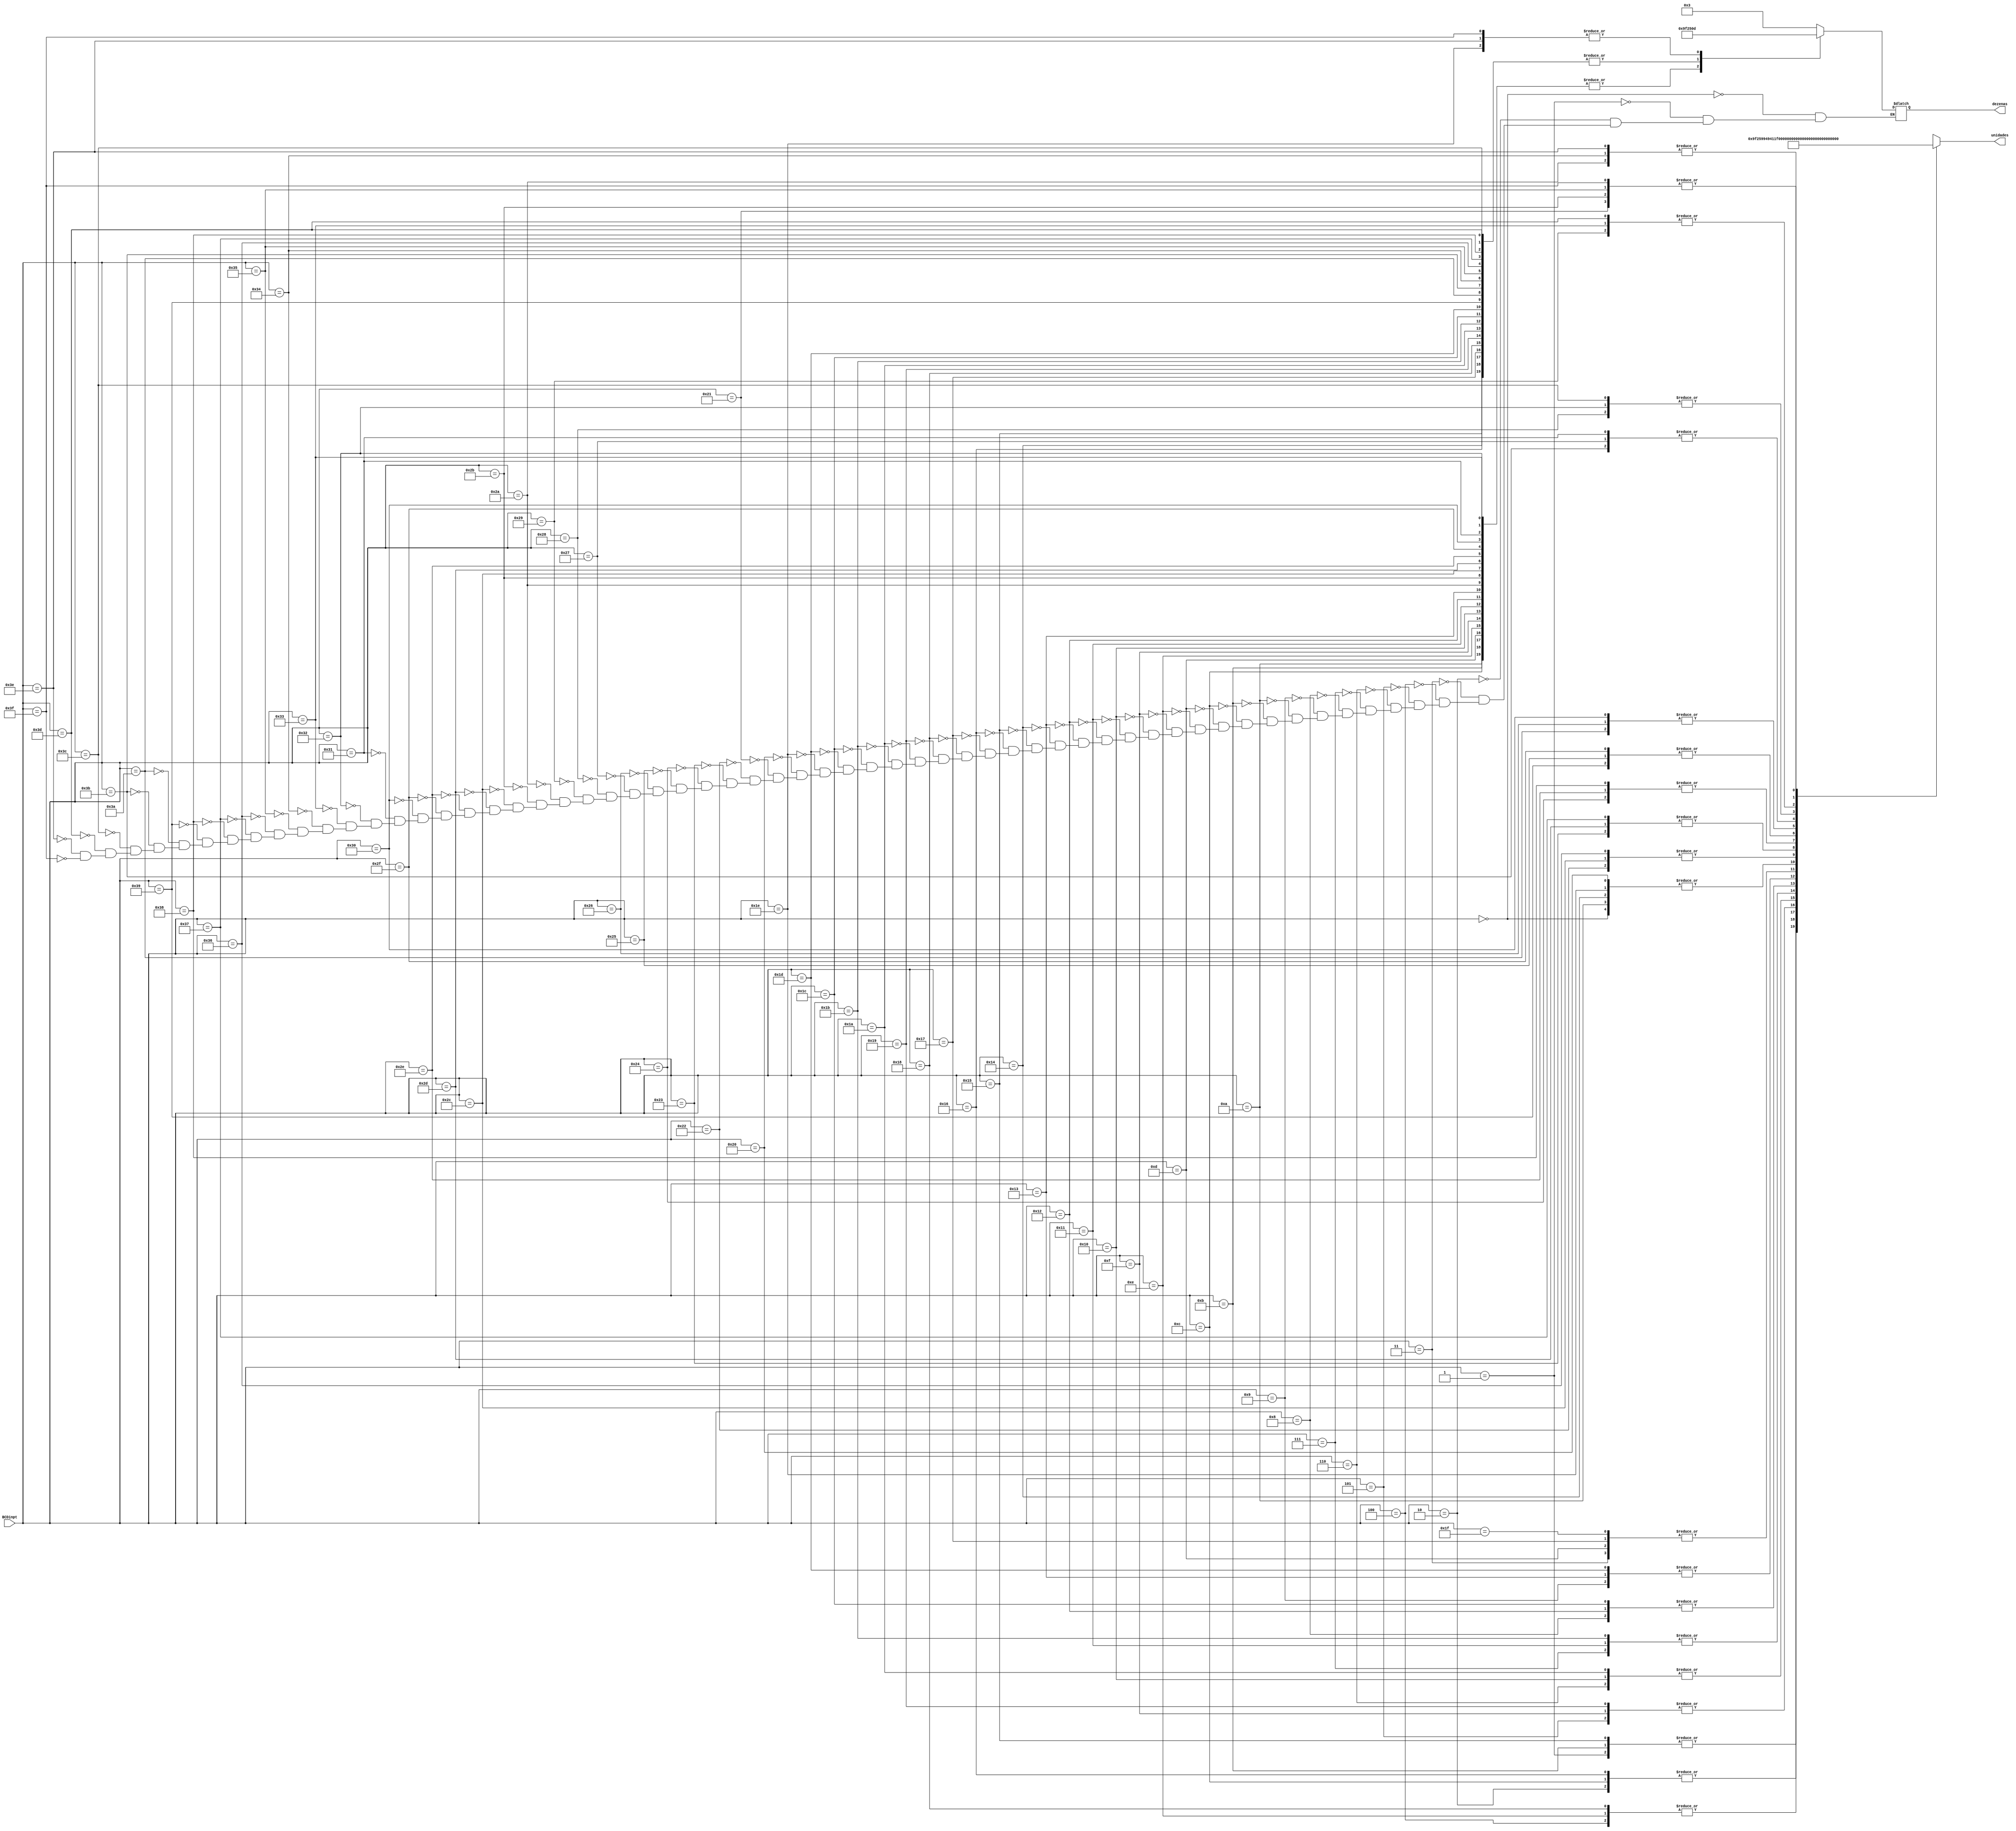
module BCD(input [5:0] BCDinpt,output reg[7:0] unidades,output reg[7:0] dezenas);
  
always @(BCDinpt)
  begin
    case(BCDinpt)
			6'b000000: //0
		 begin
		 unidades <= ~8'b11111100;  // "a b c d e f g h"
		 dezenas  <= ~8'b11111100;
		 end
		 
			6'b000001: //1
		 begin
		 unidades <= ~8'b01100000;
		 dezenas  <= ~8'b11111100;
		 end
		 
			6'b000010: //2
		 begin
		 unidades <= ~8'b11011010; 
       dezenas  <= ~8'b11111100;
		 end
		 
			6'b000011: //3
		 begin
		 unidades <= ~8'b11110010;
         dezenas  <= ~8'b11111100;
		 end
		 
			6'b000100: //4
		 begin
		 unidades <= ~8'b01100110;
         dezenas  <= ~8'b11111100;
		 end
		 
			6'b000101: //5
		 begin
		 unidades <= ~8'b10110110;
         dezenas  <= ~8'b11111100;
		 end
		 
			6'b000110: //6
		 begin
		 unidades <= ~8'b10111110;
         dezenas  <= ~8'b11111100;
		 end
		 
			6'b000111: //7
		 begin
		 unidades <= ~8'b11100000;
         dezenas  <= ~8'b11111100;
		 end
		 
			6'b001000: //8
		 begin
		 unidades <= ~8'b11111110;
         dezenas  <= ~8'b11111100;
		 end
		 
			6'b001001: //9
		 begin
		 unidades <= ~8'b11100110;
		 dezenas  <= ~8'b11111100;			
		 end
		 
			6'b001010://10
		 begin
		 unidades <= ~8'b11111100;
		 dezenas <= ~8'b01100000;
		 end
		 
			6'b001011://11
		 begin
		 unidades <= ~8'b01100000;
		 dezenas <= ~8'b01100000;
		 end
		 
			6'b001100://12
		 begin
		 unidades <= ~8'b11011010;
		 dezenas <= ~8'b01100000;
		 end
		 
			6'b001101://13
		 begin
		 unidades <= ~8'b11110010;
		 dezenas <= ~8'b01100000;
		 end
		 
			6'b001110://14
		 begin
		 unidades <= ~8'b01100110;
		 dezenas <= ~8'b01100000;
		 end
		 
			6'b001111://15
		 begin
		 unidades <= ~8'b10110110;
		 dezenas <= ~8'b01100000;
		 end
		  
			6'b010000://16
		 begin
		 unidades <= ~8'b10111110;
		 dezenas <= ~8'b01100000;
		 end
		 
			6'b010001://17
		 begin
		 unidades <= ~8'b11100000;
		 dezenas <= ~8'b01100000;
		 end
		 
			6'b010010://18
		 begin
		 unidades <= ~8'b11111110;
		 dezenas <= ~8'b01100000;
		 end
		 
			6'b010011://19
		 begin
		 unidades <= ~8'b11100110;
		 dezenas <= ~8'b01100000;
		 end
		 
			6'b010100://20
		 begin
		 unidades <= ~8'b11111100;
		 dezenas <= ~8'b11011010;
		 end
		 
		  6'b010101://21
		 begin
		 unidades <= ~8'b01100000;
		 dezenas <= ~8'b11011010;
		 end
		 
			6'b010110://22
		 begin
		 unidades <= ~8'b11011010;
		 dezenas <= ~8'b11011010;
		 end
		 
			6'b010111://23
		 begin
		 unidades <= ~8'b11110010;
		 dezenas <= ~8'b11011010;
		 end
		 
			6'b011000://24
		 begin
		 unidades <= ~8'b01100110;
		 dezenas <= ~8'b11011010;
		 end
		 
			6'b011001://25
		 begin
		 unidades <= ~8'b10110110;
		 dezenas <= ~8'b11011010;
		 end
		 
			6'b011010://26
		 begin
		 unidades <= ~8'b10111110;
		 dezenas <= ~8'b11011010;
		 end
		 
			6'b011011://27
		 begin
		 unidades <= ~8'b11100000;
		 dezenas <= ~8'b11011010;
		 end
		 
			6'b011100://28
		 begin
		 unidades <= ~8'b11111110;
		 dezenas <= ~8'b11011010;
		 end
		 
			6'b011101://29
		 begin
		 unidades <= ~8'b11100110;
		 dezenas <= ~8'b11011010;
		 end
		 
			6'b011110://30
		 begin
		 unidades <= ~8'b11111100;
		 dezenas <= ~8'b11110010;
		 end
		 
			6'b011111://31
		 begin
		 unidades <= ~8'b01100000;
		 unidades <= ~8'b11110010;
		 end
		  
		  //|||negativos|||
		  //|||negativos|||
		  //|||negativos|||
		  //|||negativos|||
		 
			6'b100000: //0
		 begin
		 unidades <= ~8'b11111100;  // "a b c d e f g h"
		 dezenas  <= ~8'b11111100;
		 end
		 
			6'b100001: //1
		 begin
		 unidades <= ~8'b01100001;
		 dezenas  <= ~8'b11111100;
		 end
		 
			6'b100010: //2
		 begin
		 unidades <= ~8'b11011011; 
         dezenas  <= ~8'b11111100;
		 end
		 
			6'b100011: //3
		 begin
		 unidades <= ~8'b11110011;
         dezenas  <= ~8'b11111100;
		 end
		 
			6'b100100: //4
		 begin
		 unidades <= ~8'b01100111;
         dezenas  <= ~8'b11111100;
		 end
		 
			6'b100101: //5
		 begin
		 unidades <= ~8'b10110111;
         dezenas  <= ~8'b11111100;
		 end
		 
			6'b100110: //6
		 begin
		 unidades <= ~8'b10111111;
         dezenas  <= ~8'b11111100;
		 end
		 
			6'b100111: //7
		 begin
		 unidades <= ~8'b11100001;
         dezenas  <= ~8'b11111100;
		 end
		 
			6'b101000: //8
		 begin
		 unidades <= ~8'b11111111;
         dezenas  <= ~8'b11111100;
		 end
		 
			6'b101001: //9
		 begin
		 unidades <= ~8'b11100111;
		 dezenas  <= ~8'b11111100;			
		 end
		 
			6'b101010://10
		 begin
		 unidades <= ~8'b11111101;
		 dezenas <= ~8'b01100000;
		 end
		 
			6'b101011://11
		 begin
		 unidades <= ~8'b01100001;
		 dezenas <= ~8'b01100000;
		 end
		 
			6'b101100://12
		 begin
		 unidades <= ~8'b11011011;
		 dezenas <= ~8'b01100000;
		 end
		 
			6'b101101://13
		 begin
		 unidades <= ~8'b11110011;
		 dezenas <= ~8'b01100000;
		 end
		 
			6'b101110://14
		 begin
		 unidades <= ~8'b01100111;
		 dezenas <= ~8'b01100000;
		 end
		 
			6'b101111://15
		 begin
		 unidades <= ~8'b10110111;
		 dezenas <= ~8'b01100000;
		 end
		  
			6'b110000://16
		 begin
		 unidades <= ~8'b10111111;
		 dezenas <= ~8'b01100000;
		 end
		 
			6'b110001://17
		 begin
		 unidades <= ~8'b11100001;
		 dezenas <= ~8'b01100000;
		 end
		 
			6'b110010://18
		 begin
		 unidades <= ~8'b11111111;
		 dezenas <= ~8'b01100000;
		 end
		 
			6'b110011://19
		 begin
		 unidades <= ~8'b11100111;
		 dezenas <= ~8'b01100000;
		 end
		 
			6'b110100://20
		 begin
		 unidades <= ~8'b11111101;
		 dezenas <= ~8'b11011010;
		 end
		 
		  6'b110101://21
		 begin
		 unidades <= ~8'b01100001;
		 dezenas <= ~8'b11011010;
		 end
		 
			6'b110110://22
		 begin
		 unidades <= ~8'b11011011;
		 dezenas <= ~8'b11011010;
		 end
		 
			6'b110111://23
		 begin
		 unidades <= ~8'b11110011;
		 dezenas <= ~8'b11011010;
		 end
		 
			6'b111000://24
		 begin
		 unidades <= ~8'b01100111;
		 dezenas <= ~8'b11011010;
		 end
		 
			6'b111001://25
		 begin
		 unidades <= ~8'b10110111;
		 dezenas <= ~8'b11011010;
		 end
		 
			6'b111010://26
		 begin
		 unidades <= ~8'b10111111;
		 dezenas <= ~8'b11011010;
		 end
		 
			6'b111011://27
		 begin
		 unidades <= ~8'b11100001;
		 dezenas <= ~8'b11011010;
		 end
		 
			6'b111100://28
		 begin
		 unidades <= ~8'b11111111;
		 dezenas <= ~8'b11011010;
		 end
		 
			6'b111101://29
		 begin
		 unidades <= ~8'b11100111;
		 dezenas <= ~8'b11011010;
		 end
		 
			6'b111110://30
		 begin
		 unidades <= ~8'b11111101;
		 dezenas <= ~8'b11110010;
		 end
		 
			6'b111111://31
		 begin
		 unidades <= ~8'b01100001;
		 dezenas <= ~8'b11110010;
		 end
		 
      default:  
		begin
		unidades <= 8'bx;
		 dezenas <= 8'bx;
		 end
		endcase
		end
endmodule